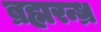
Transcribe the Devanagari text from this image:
ब्रह्मरन्ध्र